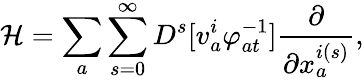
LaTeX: {\cal H}=\sum_{a}\sum_{s=0}^{\infty}D^{s}[v_{a}^{i}\varphi_{at}^{-1}]\frac{\partial}{\partial x_{a}^{i(s)}},